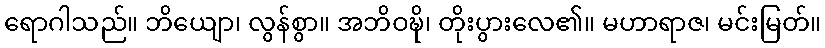
ရောဂါသည်။ ဘိယျော၊ လွန်စွာ။ အဘိဝဍ္ဎိ၊ တိုးပွားလေ၏။ မဟာရာဇ၊ မင်းမြတ်။